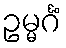
ဥမ္မင်္ဂံ